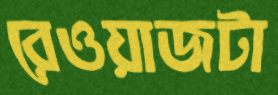
রেওয়াজটা